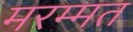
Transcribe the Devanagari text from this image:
मरम्मत